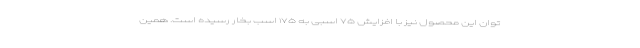
توان این محصول نیز با افزایش ۷۵ اسبی به ۱۷۵ اسب بخار رسیده است. همین